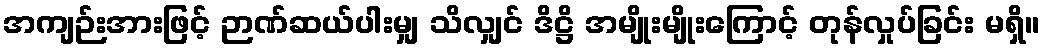
အကျဉ်းအားဖြင့် ဉာဏ်ဆယ်ပါးမျှ သိလျှင် ဒိဋ္ဌိ အမျိုးမျိုးကြောင့် တုန်လှုပ်ခြင်း မရှိ။